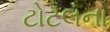
ટોટલના